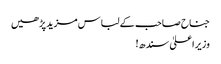
جناح صاحب کے لباس مزید پڑھیں
وزیراعلیٰ سندھ!